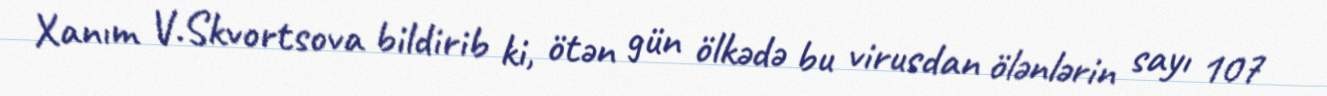
Xanım V.Skvortsova bildirib ki, ötən gün ölkədə bu virusdan ölənlərin sayı 107